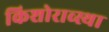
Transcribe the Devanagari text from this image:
किशोराव्स्था